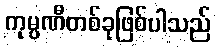
ကုမ္ပဏီတစ်ခုဖြစ်ပါသည်